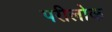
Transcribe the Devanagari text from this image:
परीलोक